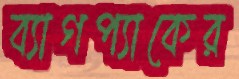
ব্যাগপ্যাকের